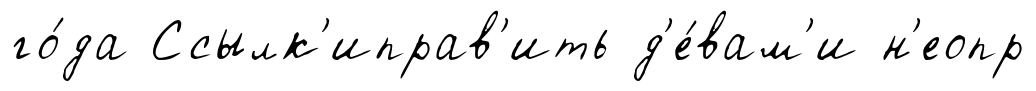
го́да Ссылк'иправ'ить д'е́вам'и н'еопр